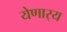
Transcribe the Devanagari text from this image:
येणार्‍य